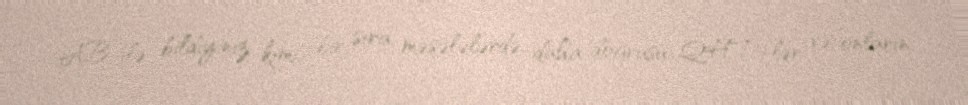
AB ilə bildiyiniz kimi, bir sıra məsələlərdə, daha doğrusu, QHT-lər və onların